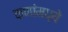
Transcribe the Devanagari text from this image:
कणांमध्ये